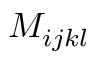
M _ { i j k l }